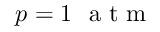
p = 1 ~ \mathrm { ~ a ~ t ~ m ~ }